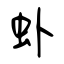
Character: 虲